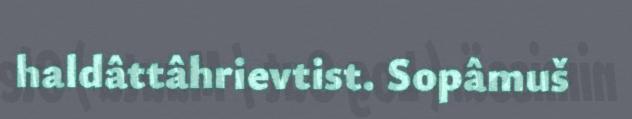
haldâttâhrievtist. Sopâmuš